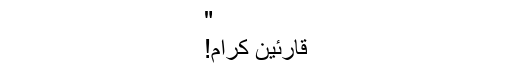
"
قارئین کرام!